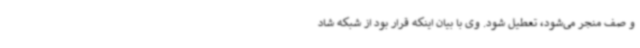
و صف منجر می‌شود، تعطیل شود. وی با بیان اینکه قرار بود از شبکه شاد